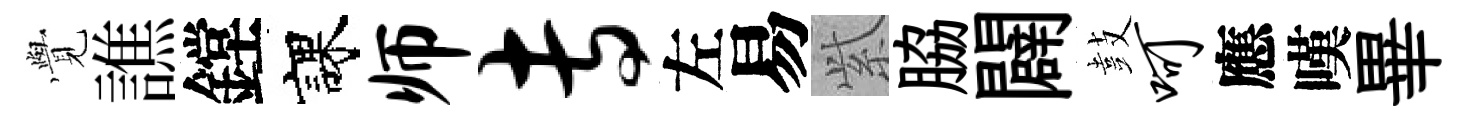
𮗜譙鏜課师专左易𬗋脇闢鼓呵應嘆畢